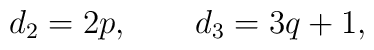
d_2 = 2p , \qquad d_3 = 3q + 1 ,